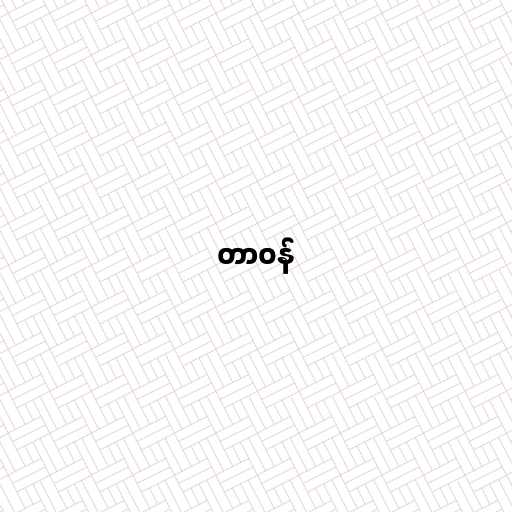
တာဝန်